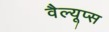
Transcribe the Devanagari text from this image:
वैल्यूप्स